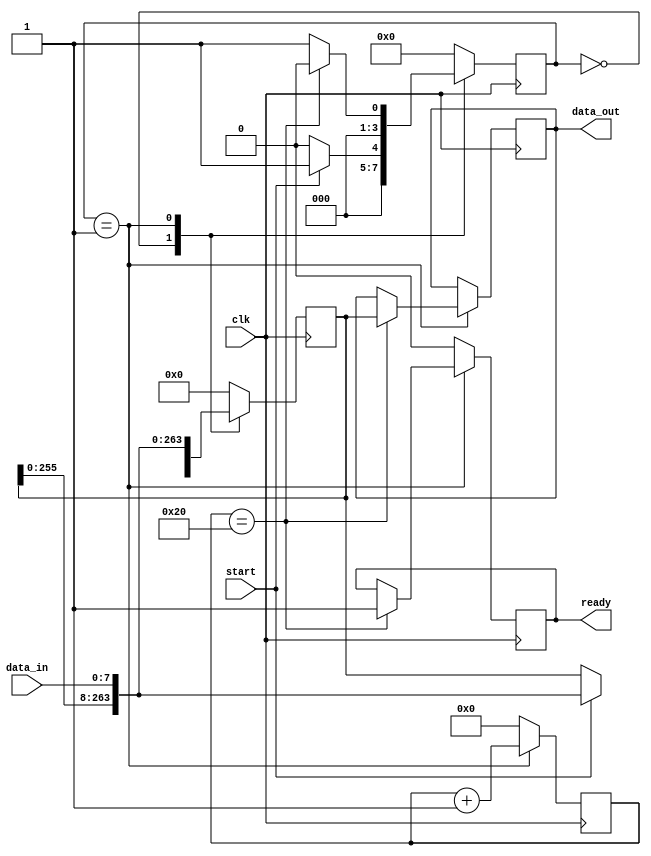
`timescale 1ns / 1ps
//////////////////////////////////////////////////////////////////////////////////
// Company: 
// Engineer: 
// 
// Design Name: 
// Module Name: fifo
// Project Name: 
// Target Devices: 
// Tool Versions: 
// Description: 
// 
// Dependencies: 
// 
// Revision:
// Revision 0.01 - File Created
// Additional Comments:
// 
//////////////////////////////////////////////////////////////////////////////////


module fifo #(
    parameter SZ_IN = 8,
    parameter SZ_OUT = 264
    )(
    input clk,
    input start,
    input [SZ_IN-1:0] data_in,
    output reg [SZ_OUT-1:0] data_out,
    output reg ready
    );
    
    localparam COUNT = SZ_OUT/SZ_IN;
    
    reg [3:0] state;
    localparam IDLE=0, STARTS=1;

    reg [7:0] counter;
    reg [SZ_OUT-1:0] temp;

    always @(posedge clk) begin
        case (state)
            IDLE: begin
                counter <= 0;
                ready <= 0;
                if (start) begin
                    state <= STARTS;
                    temp <= {temp[SZ_OUT-1-SZ_IN:0],data_in};
                end else
                    state <= IDLE;
            end
            STARTS: begin
                counter <= counter + 1'b1;
                    temp <= {temp[SZ_OUT-1-SZ_IN:0],data_in};
                if (counter == COUNT-1) begin
                    state <= IDLE;
                    data_out <= temp;
                    ready <= 1'b1;
                end else
                    state <= STARTS;
            end
            default: begin
                counter <= 0;
                temp <= 0;
                state <= IDLE;
                ready <= 1'b0;
            end
        endcase
    end
    
endmodule